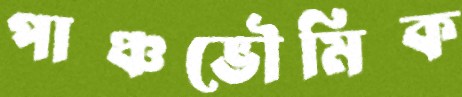
পাঞ্চভৌমিক